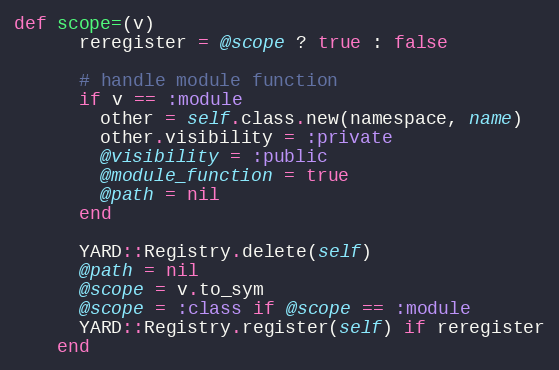
Language: Ruby
def scope=(v)
      reregister = @scope ? true : false

      # handle module function
      if v == :module
        other = self.class.new(namespace, name)
        other.visibility = :private
        @visibility = :public
        @module_function = true
        @path = nil
      end

      YARD::Registry.delete(self)
      @path = nil
      @scope = v.to_sym
      @scope = :class if @scope == :module
      YARD::Registry.register(self) if reregister
    end